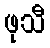
ဖုသီ